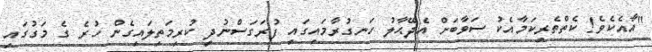
"އާއެކެވެ! ކެތްތެރިކަމާއެކު ސަވާބަށް އެދޭޙާލު ހަނގުރާމައިގައި ފުރަގަސްނުދީ ކުރިމަތިލައިގެން ހުރެ ގެ މަގުގައި